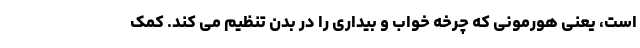
است، یعنی هورمونی که چرخه خواب و بیداری را در بدن تنظیم می کند. کمک